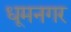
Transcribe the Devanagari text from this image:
धूमनगर